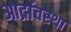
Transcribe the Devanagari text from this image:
आर्द्रावस्था